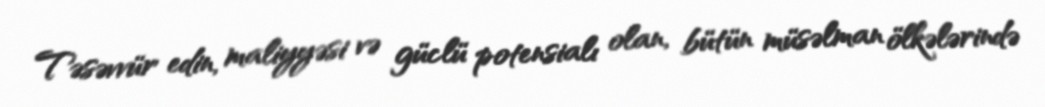
Təsəvvür edin, maliyyəsi və güclü potensialı olan, bütün müsəlman ölkələrində